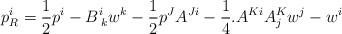
\begin{align*}p_{R}^{i} = \frac{1}{2}p^{i} - B_{\;k}^{i}w^{k} - \frac{1}{2} p^{J}A^{Ji} - \frac{1}{4}. A^{Ki}A^{K}_{j}w^{j} - w^{i}\end{align*}